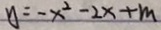
y = - x ^ { 2 } - 2 x + m